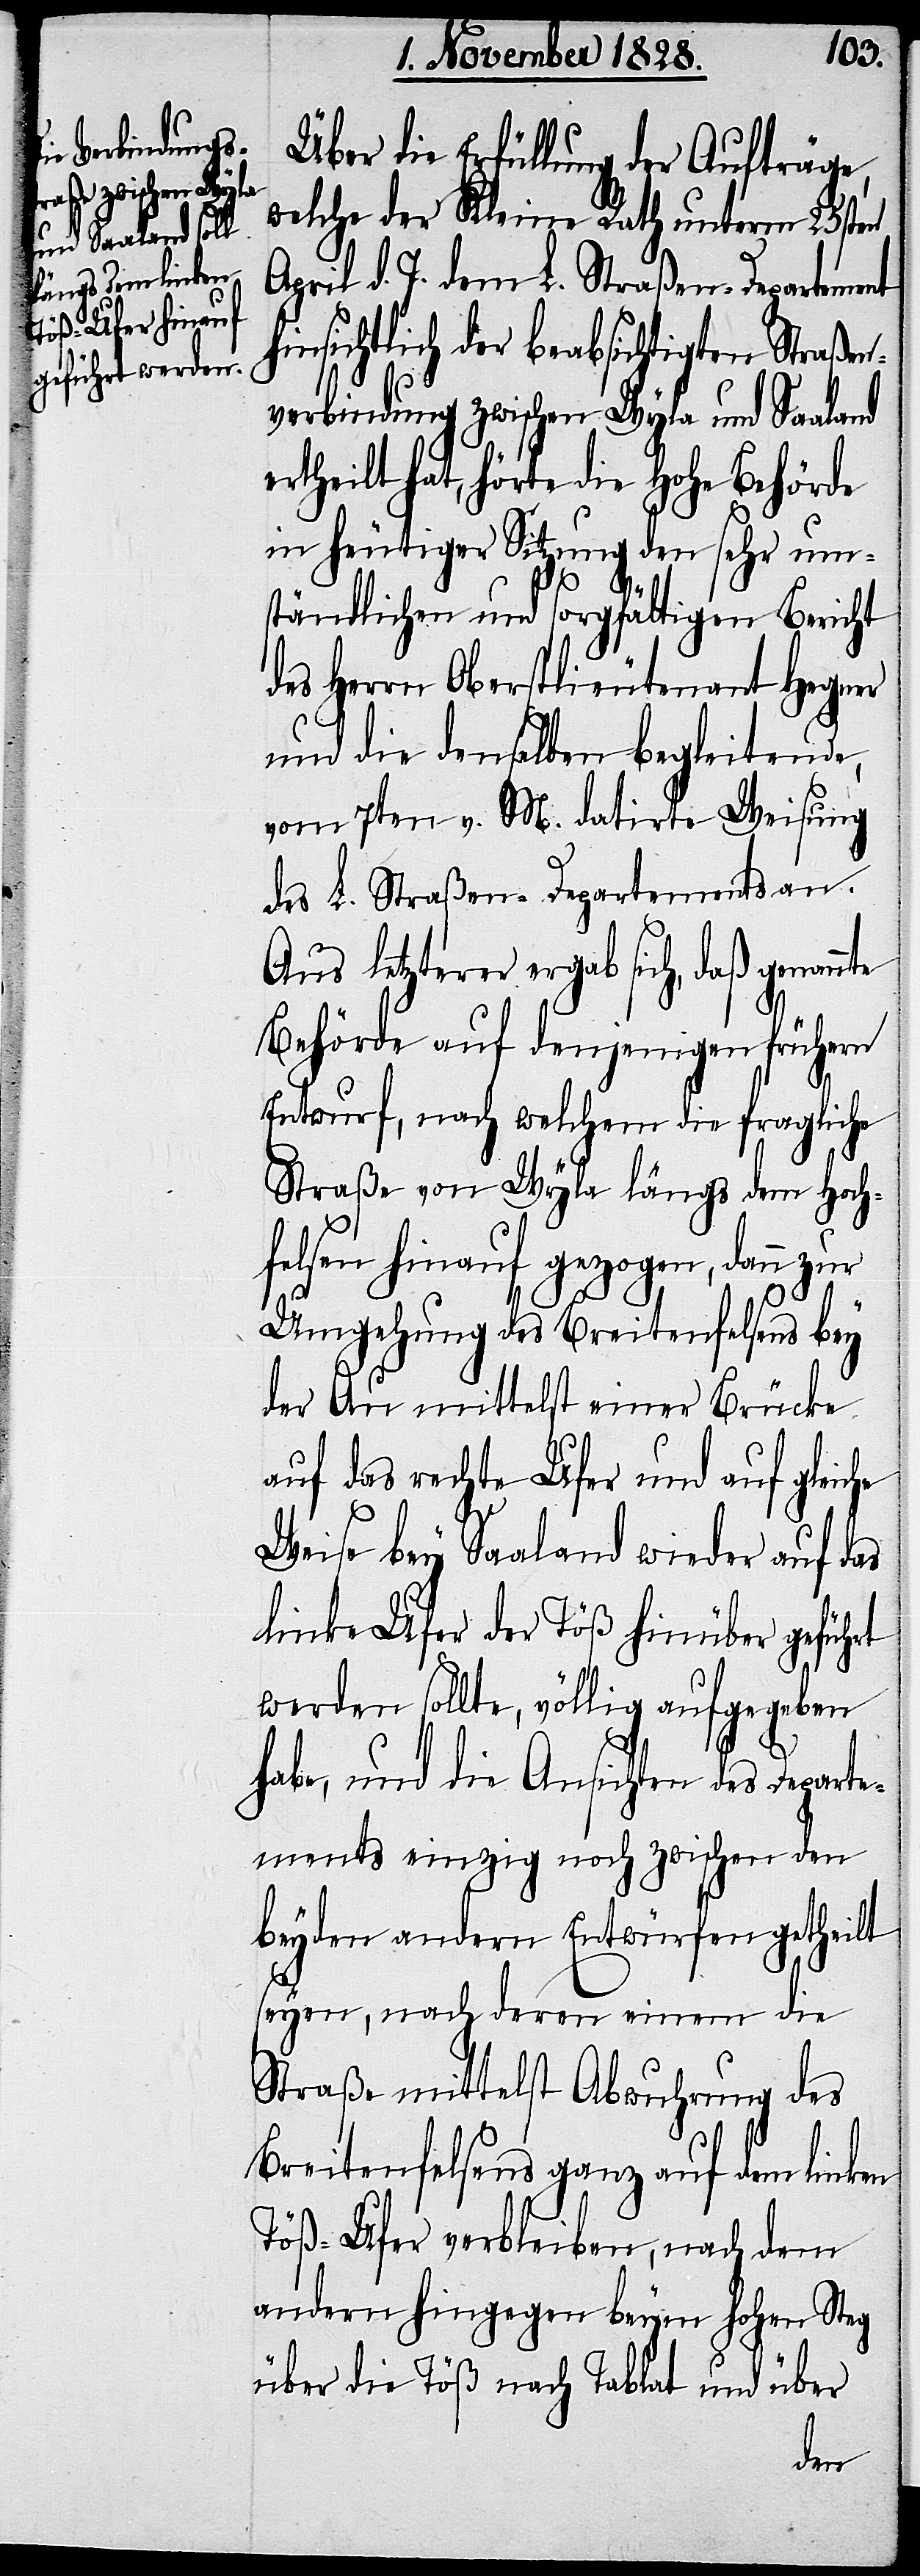
Über die Erfüllung der Aufträge,
welche der Kleine Rath unterm 25sten
April d. J. dem L. Straßen-Departement
hinsichtlich der beabsichtigten Straßen¬
verbindung zwischen Wyla und Saaland
ertheilt hat, hörte die hohe Behörde
in heutiger Sitzung den sehr um¬
ständlichen und sorgfältigen Bericht
des Herrn Oberstlieutenant Hegner
und die denselben begleitende,
vom 7ten v. M. datirte Weisung
des L. Straßen-Departements an.
Aus letzterer ergab sich, daß genann¬
Behörde auf denjenigen frühern
Entwurf, nach welchem die fragliche
Straße von Wyla längs dem Hoch¬
felsen hinauf gezogen, dann zur
Umgehung des Breitenfelsens bey
der Au mittelst einer Brücke
auf das rechte Ufer und auf gleiche
Weise bey Saaland wieder auf das
linke Ufer der Töß hinüber geführt
werden sollte, völlig aufgehoben
habe, und die Ansichten des Depart¬
ements einzig noch zwischen den
beyden andern Entwürfen getheilt
te
seyen, nach deren einem die
Straße mittelst Abwuhrung des
Breitenfelsens ganz auf dem linken
Töß-Ufer verbleiben, nach dem
andern hingegen beym hohen Steg
über die Töß nach Tablat und über